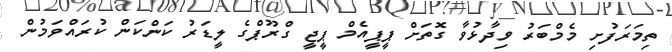
ތިމަރަފުށި މެމްބަރު ވިދާޅުވާ ގޮތަށް ޕީޕީއެމް ޕީޖީ ގްރޫޕްގެ ލީޑަރު ކަންކަން ކުރައްވަމުން